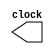
module clock_gen (clock);
  parameter Half_cycle = 50;
  output clock;
  reg clock;

  initial
    clock = 0;

  always
    begin
      # Half_cycle clock = ~ clock;
    end
endmodule